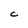
Character: C